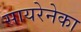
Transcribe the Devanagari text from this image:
सायरेनेका